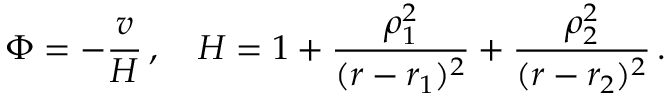
\Phi = - \frac { v } { H } \, , \quad H = 1 + \frac { \rho _ { 1 } ^ { 2 } } { ( r - r _ { 1 } ) ^ { 2 } } + \frac { \rho _ { 2 } ^ { 2 } } { ( r - r _ { 2 } ) ^ { 2 } } \, .